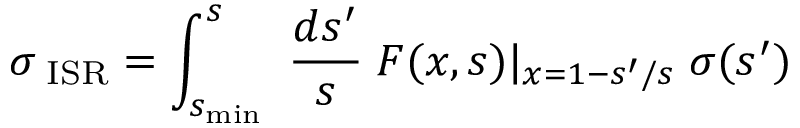
\sigma _ { \mathrm { \tiny ~ I S R } } = \int _ { s _ { \mathrm { m i n } } } ^ { s } \ { \frac { d s ^ { \prime } } { s } } \; F ( x , s ) \vert _ { x = 1 - s ^ { \prime } / s } \; \sigma ( s ^ { \prime } )